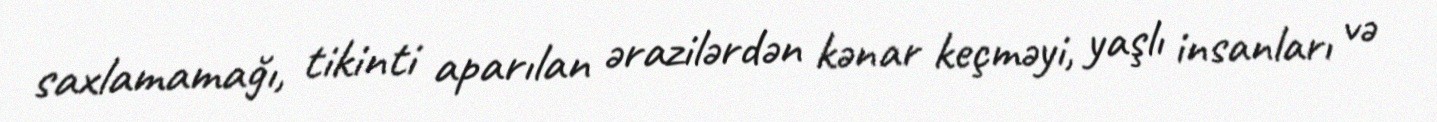
saxlamamağı, tikinti aparılan ərazilərdən kənar keçməyi, yaşlı insanları və